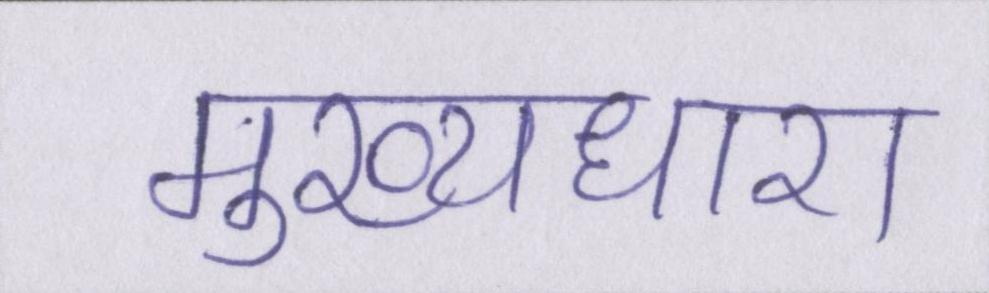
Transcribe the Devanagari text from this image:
मुख्यधारा